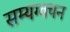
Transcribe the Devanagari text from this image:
सम्यग्वचन